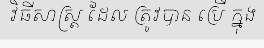
វិធីសាស្ត្រ ដែល ត្រូវបាន ប្រើ ក្នុង